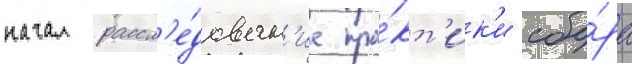
начал рассл'е́дован'ие пра́кт'ик'и сбо́ра